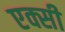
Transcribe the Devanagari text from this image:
एक्सी